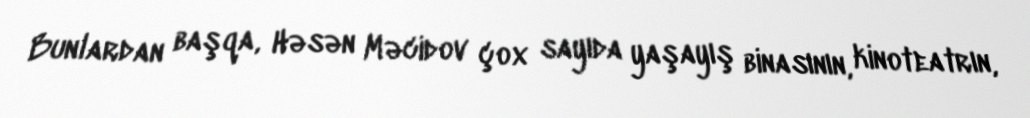
Bunlardan başqa, Həsən Məcidov çox sayıda yaşayış binasının, kinoteatrın,